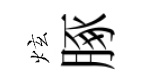
炫䐁